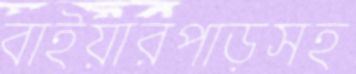
বাইয়ারপাড়সহ